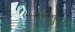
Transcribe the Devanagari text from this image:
केतुआ